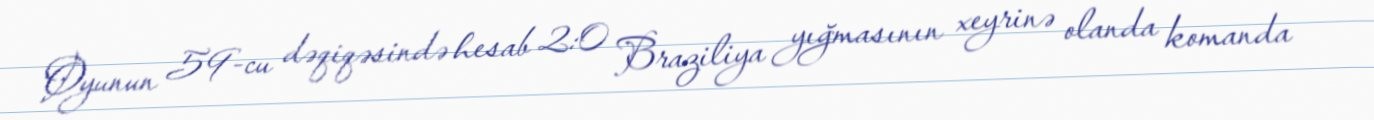
Oyunun 59-cu dəqiqəsində hesab 2:0 Braziliya yığmasının xeyrinə olanda komanda